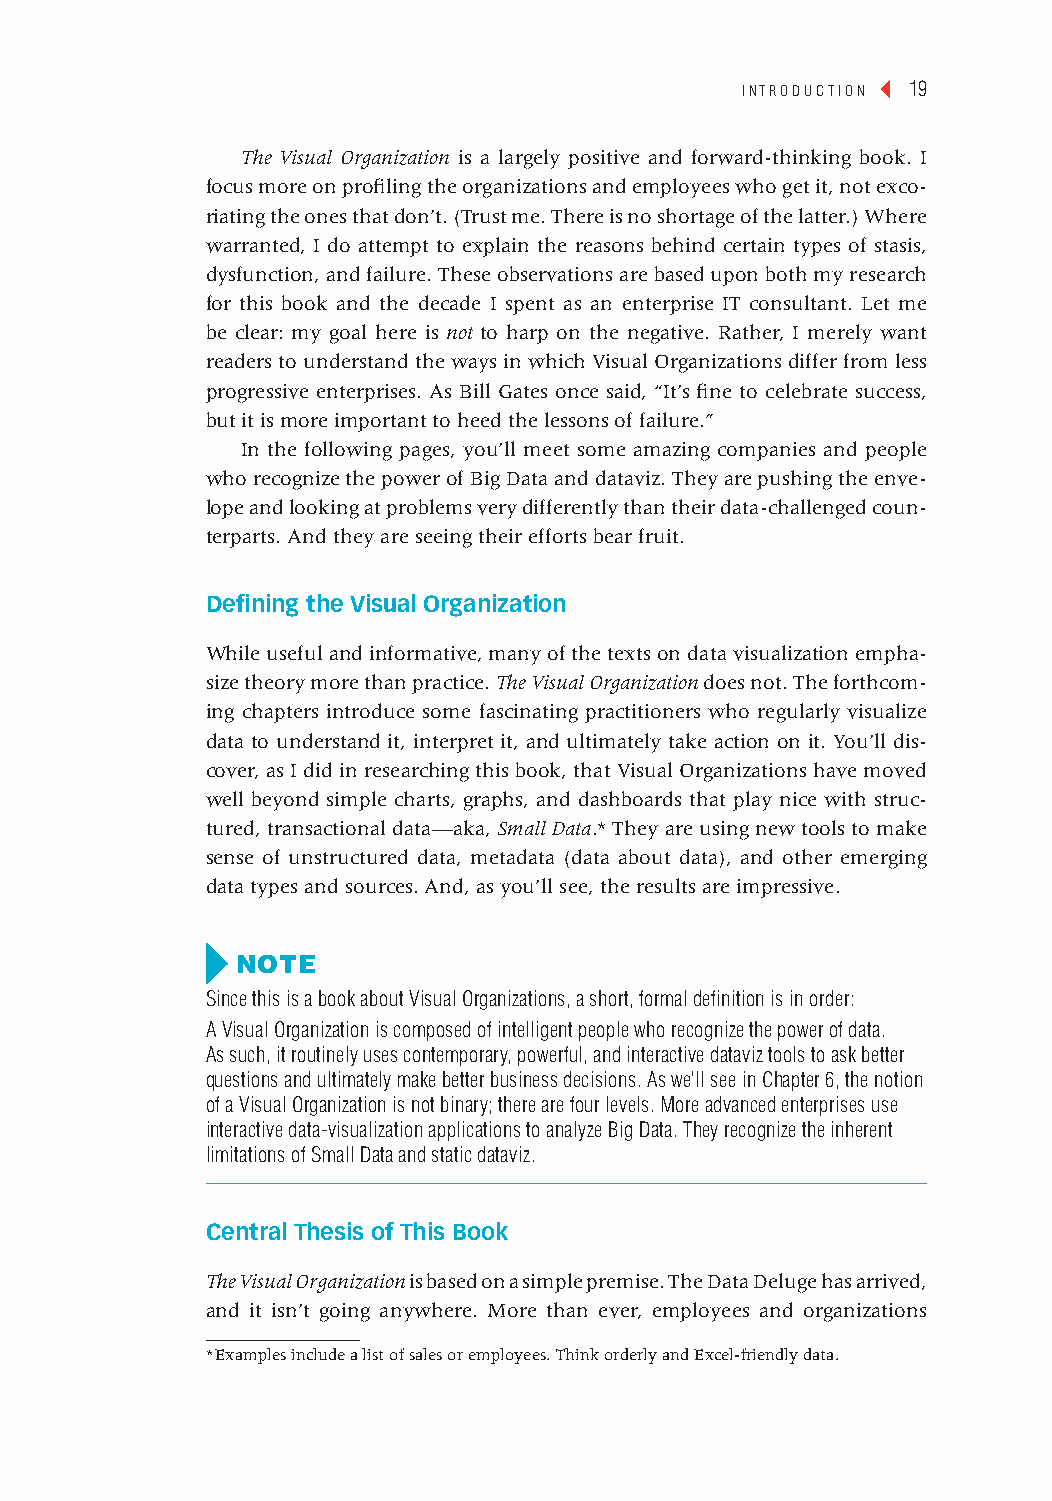
introduction ◂ 19
 The Visual Organization is a largely positive and forward-thinking book. I
 focus more on profiling the organizations and employees who get it, not exco-
 riating the ones that don’t. (Trust me. There is no shortage of the latter.) Where
 warranted, I do attempt to explain the reasons behind certain types of stasis,
 dysfunction, and failure. These observations are based upon both my research
 for this book and the decade I spent as an enterprise IT consultant. Let me
 be clear: my goal here is not to harp on the negative. Rather, I merely want
 readers to understand the ways in which Visual Organizations differ from less
 progressive enterprises. As Bill Gates once said, “It’s fine to celebrate success,
 but it is more important to heed the lessons of failure.”
 In the following pages, you’ll meet some amazing companies and people
 who recognize the power of Big Data and dataviz. They are pushing the enve-
 lope and looking at problems very differently than their data-challenged coun-
 terparts. And they are seeing their efforts bear fruit.
 defining the visual Organization
 While useful and informative, many of the texts on data visualization empha-
 size theory more than practice. The Visual Organization does not. The forthcom-
 ing chapters introduce some fascinating practitioners who regularly visualize
 data to understand it, interpret it, and ultimately take action on it. You’ll dis-
 cover, as I did in researching this book, that Visual Organizations have moved
 well beyond simple charts, graphs, and dashboards that play nice with struc-
 tured, transactional data—aka, Small Data.* They are using new tools to make
 sense of unstructured data, metadata (data about data), and other emerging
 data types and sources. And, as you’ll see, the results are impressive.
 Note
 Since this is a book about visual organizations, a short, formal definition is in order:
 a visual organization is composed of intelligent people who recognize the power of data.
 as such, it routinely uses contemporary, powerful, and interactive dataviz tools to ask better
 questions and ultimately make better business decisions. as we’ll see in chapter 6, the notion
 of a visual organization is not binary; there are four levels. More advanced enterprises use
 interactive data-visualization applications to analyze Big data. they recognize the inherent
 limitations of Small data and static dataviz.
 central thesis of this Book
 The Visual Organization is based on a simple premise. The Data Deluge has arrived,
 and it isn’t going anywhere. More than ever, employees and organizations
 * Examples include a list of sales or employees. Think orderly and Excel-friendly data.
 cintro 19                                                 January 28, 2014 9:50 PM
 ▲